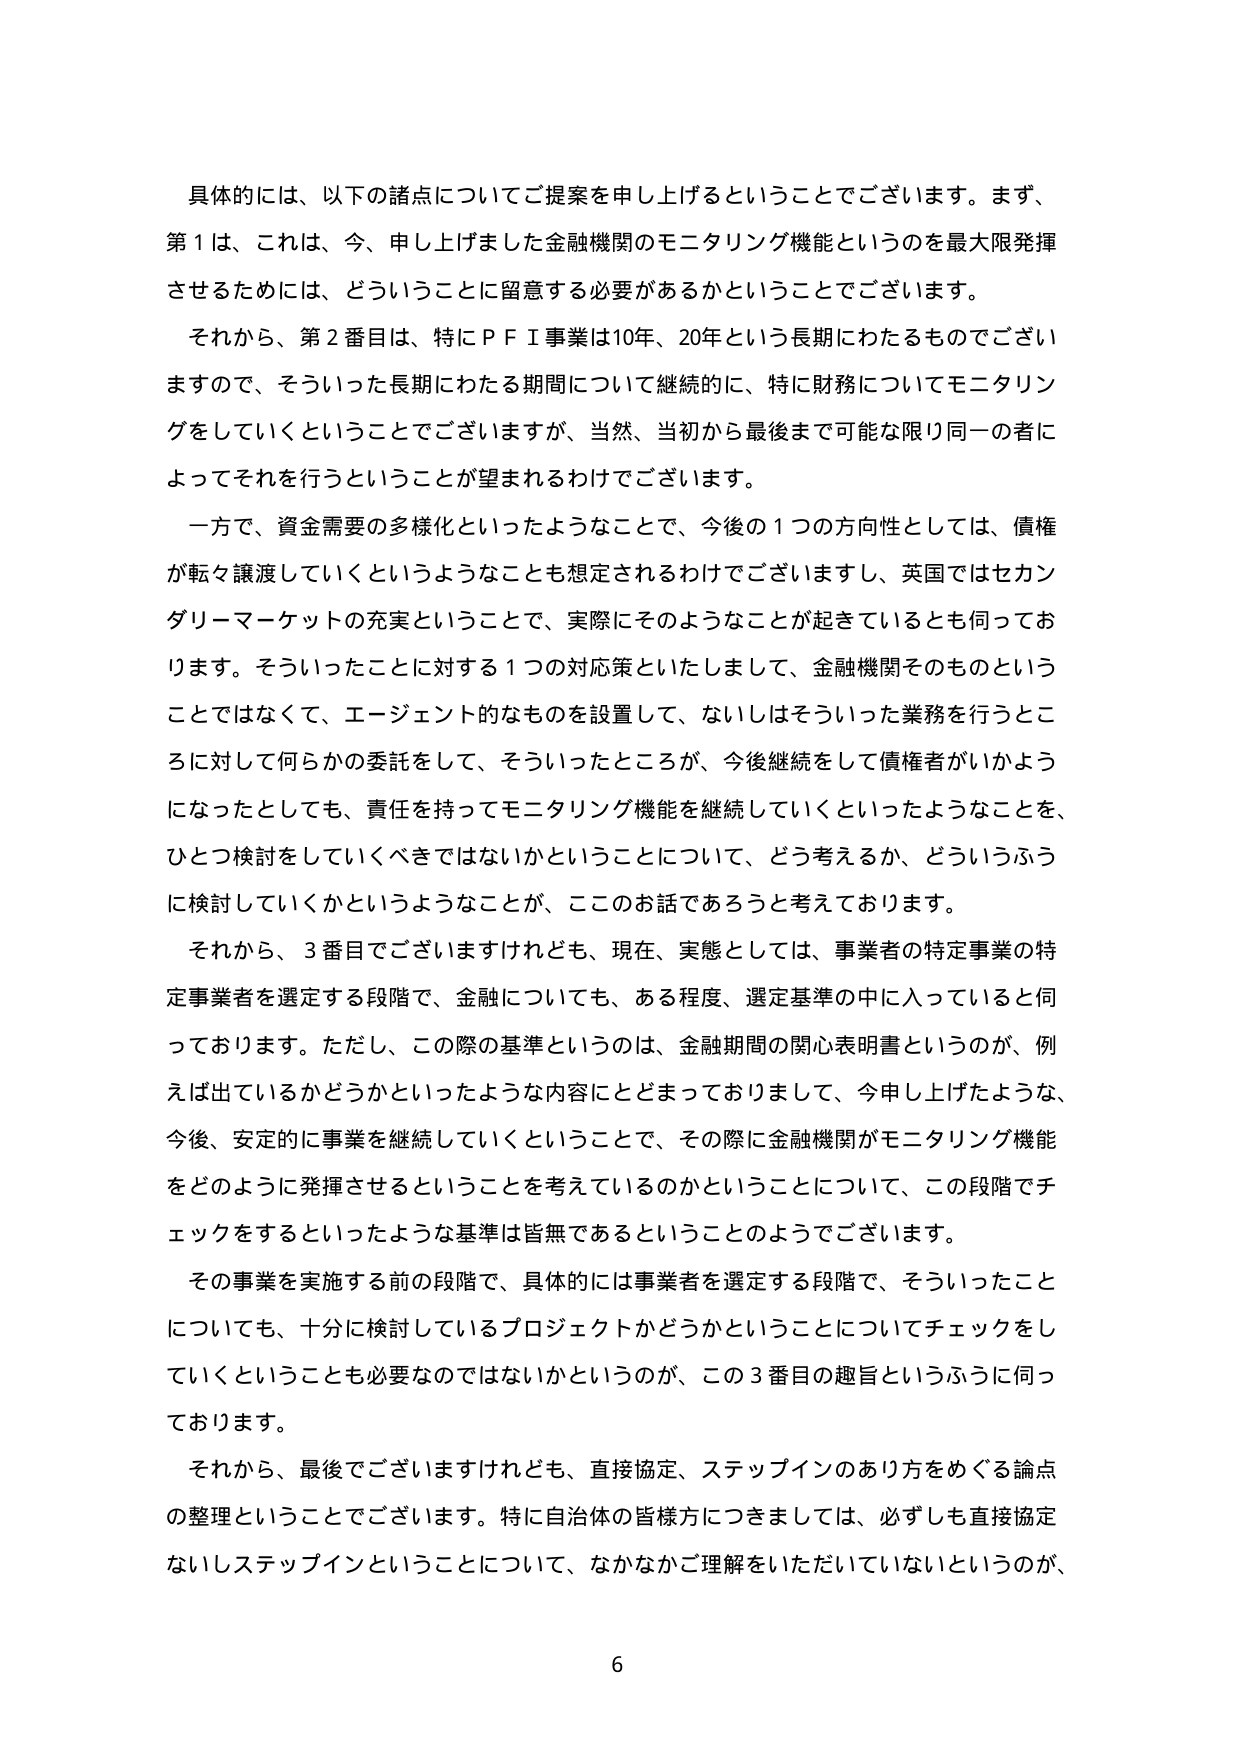
具体的には、以下の諸点についてご提案を申し上げるということでございます。まず、
第１は、これは、今、申し上げました金融機関のモニタリング機能というのを最大限発揮
させるためには、どういうことに留意する必要があるかということでございます。
それから、第２番目は、特にＰＦＩ事業は10年、20年という長期にわたるものでござい
ますので、そういった長期にわたる期間について継続的に、特に財務についてモニタリン
グをしていくということでございますが、当然、当初から最後まで可能な限り同一の者に
よってそれを行うということが望まれるわけでございます。
一方で、資金需要の多様化といったようなことで、今後の１つの方向性としては、債権
が転々譲渡していくというようなことも想定されるわけでございますし、英国ではセカン
ダリーマーケットの充実ということで、実際にそのようなことが起きているとも伺ってお
ります。そういったことに対する１つの対応策といたしまして、金融機関そのものという
ことではなくて、エージェント的なものを設置して、ないしはそういった業務を行うとこ
ろに対して何らかの委託をして、そういったところが、今後継続をして債権者がいかよう
になったとしても、責任を持ってモニタリング機能を継続していくといったようなことを、
ひとつ検討をしていくべきではないかということについて、どう考えるか、どういうふう
に検討していくかというようなことが、このお話であろうと考えております。
それから、３番目でございますけれども、現在、実態としては、事業者の特定事業の特
定事業者を選定する段階で、金融についても、ある程度、選定基準の中に入っていると伺
っております。ただし、この際の基準というのは、金融期間の関心表明書というのが、例
えば出ているかどうかといったような内容にとどまっておりまして、今申し上げたような、
今後、安定的に事業を継続していくということで、その際に金融機関がモニタリング機能
をどのように発揮させるということを考えているのかということについて、この段階でチ
ェックをするといったような基準は皆無であるということのようでございます。
その事業を実施する前の段階で、具体的には事業者を選定する段階で、そういったこと
についても、十分に検討しているプロジェクトかどうかということについてチェックをし
ていくということも必要なのではないかというのが、この３番目の趣旨というふうに伺っ
ております。
それから、最後でございますけれども、直接協定、ステップインのあり方をめぐる論点
の整理ということでございます。特に自治体の皆様方につきましては、必ずしも直接協定
ないしステップインということについて、なかなかご理解をいただいていないというが、
6